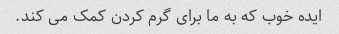
ایده خوب که به ما برای گرم کردن کمک می کند.